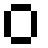
ဝ